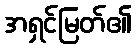
အရှင်မြတ်၏